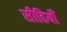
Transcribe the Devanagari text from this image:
सीढियोँ